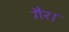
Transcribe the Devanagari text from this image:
गैर।